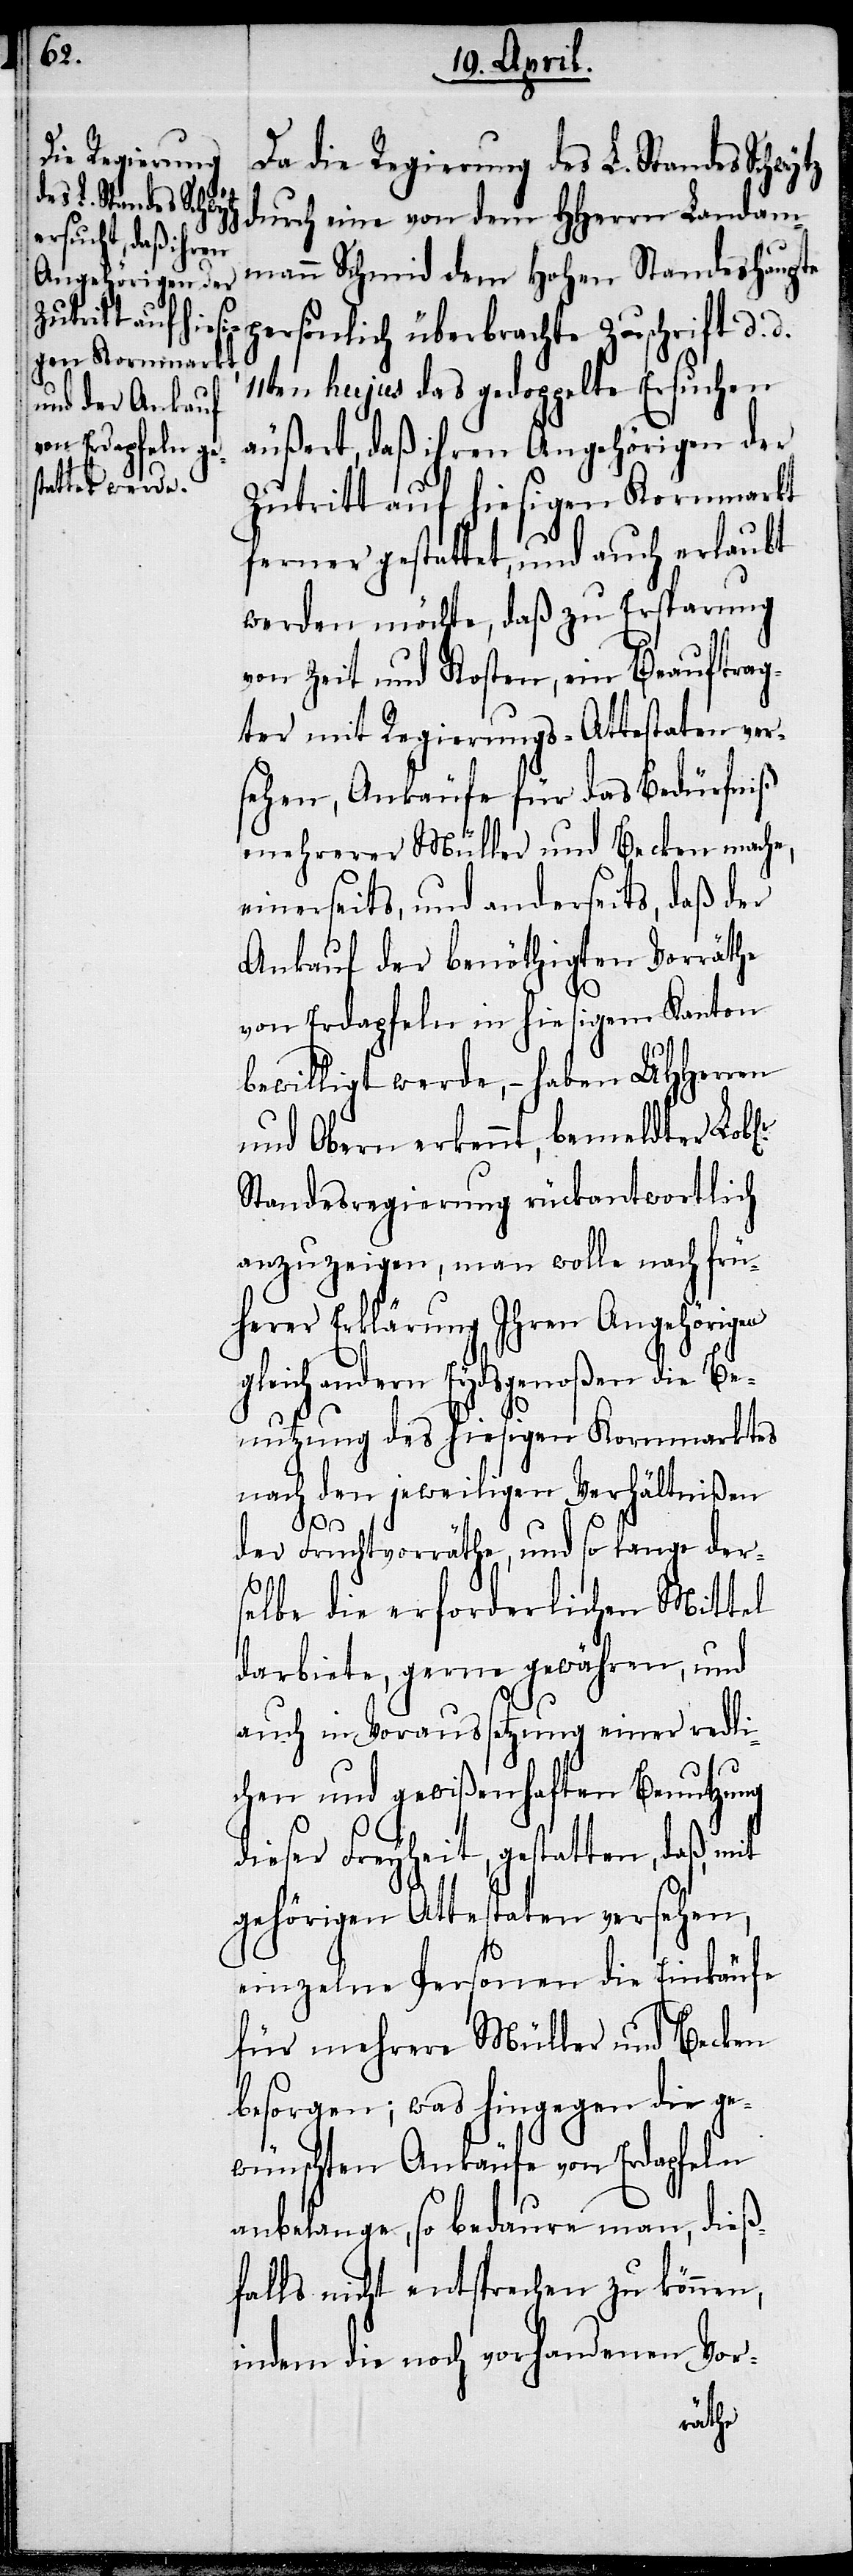
Da die Regierung des L. Standes Schwytz
durch eine von dem HHerrn Landa¬
mann Schmid dem Hohen Standeshaupte
persönlich überbrachte Zuschrift d. d.
11ten hujus das gedoppelte Ersuchen
äußert, daß ihren Angehörigen der
Zutritt auf hiesigen Kornmarkt
ferner gestattet, und auch erlaubt
werden möchte, daß zu Ersparung
von Zeit und Kosten, ein Beauftrag¬
ter mit Regierungs-Attestaten ver¬
sehen, Ankäufe für das Bedürfniß
mehrerer Müller und Becken mache,
einerseits, und anderseits, daß der
Ankauf der benöthigten Vorräthe
g¬
von Erdapfeln in hiesigem Kanton
bewilligt werde, – haben UHHerren
und Obern erkennt, bemeldter
Standesregierung rückantwortlich
anzuzeigen, man wolle nach frü¬
herer Erklärung Ihren Angehörigen
leich andern Eydsgenoßen die Be¬
nutzung des hiesigen Kornmarktes
nach den jeweiligen Verhältnißen
der Fruchtvorräthe, und so lange ders¬
elbe die erforderlichen Mittel
darbiete, gerne gewähren, und
auch in Voraussetzung einer redli¬
chen und gewißenhaften Benutzung
dieser Freyheit, gestatten, daß,
gehörigen Attestaten versehen,
einzelne Personen die Einkäufe
für mehrere Müller und Becken
besorgen; was hingegen die ge¬
wünschten Ankäufe von Erdapfeln
anbelange, so bedaure man, dieß¬
falls nicht entsprechen zu können,
indem die noch vorhandenen Vor-